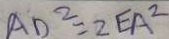
A D ^ { 2 } = 2 E A ^ { 2 }